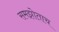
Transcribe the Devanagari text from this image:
समझोताच